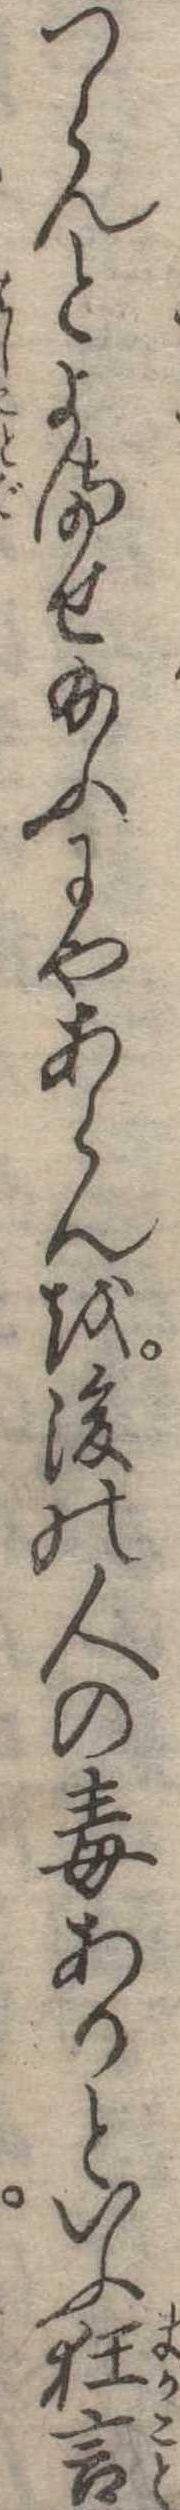
つらんとよませ給ふにやあらんを後の人の毒ありといふ狂言